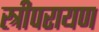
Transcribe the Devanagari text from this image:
स्त्रीपरायण